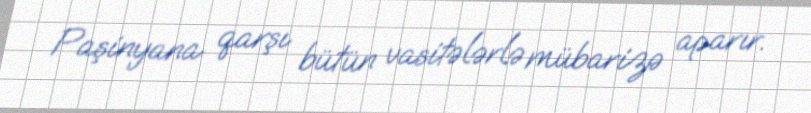
Paşinyana qarşı bütün vasitələrlə mübarizə aparır.